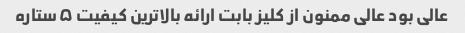
عالی بود عالی ممنون از کلیز بابت ارائه بالاترین کیفیت ۵ستاره